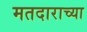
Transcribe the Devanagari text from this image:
मतदाराच्या